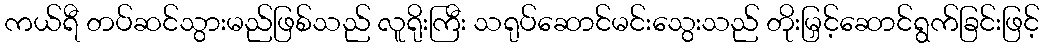
ကယ်ရီ တပ်ဆင်သွားမည်ဖြစ်သည် လူရိုးကြီး သရုပ်ဆောင်မင်းသွေးသည် တိုးမြှင့်ဆောင်ရွက်ခြင်းဖြင့်